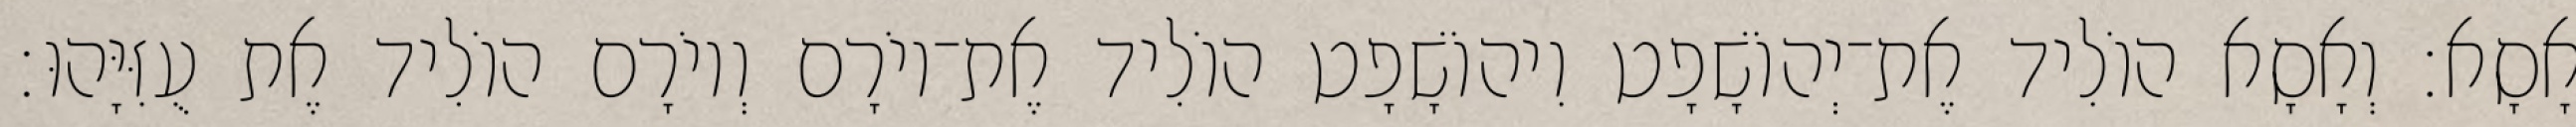
אָסָא׃ וְאָסָא הוֹלִיד אֶת־יְהוֹשָׁפָט וִיהוֹשָׁפָט הוֹלִיד אֶת־יוֹרָם וְיוֹרָם הוֹלִיד אֶת עֻזִּיָּהוּ׃